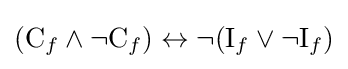
({\mathrm {C} _{f}}\land \neg {\mathrm {C} _{f}})\leftrightarrow \neg ({\mathrm {I} _{f}}\lor \neg {\mathrm {I} _{f}})